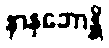
နာနုဘောန္တိ